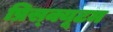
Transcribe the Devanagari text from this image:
प्रिस्क्यूटम